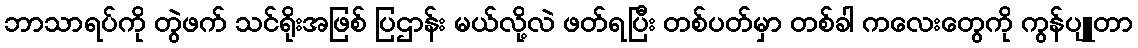
ဘာသာရပ်ကို တွဲဖက် သင်ရိုးအဖြစ် ပြဌာန်း မယ်လို့လဲ ဖတ်ရပြီး တစ်ပတ်မှာ တစ်ခါ ကလေးတွေကို ကွန်ပျူတာ